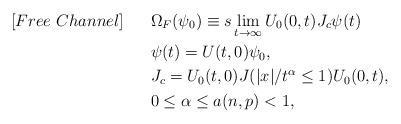
LaTeX: \begin{align*}[Free~ Channel]~~\quad&\Omega_F(\psi_0)\equiv s\lim_{ t\to \infty} U_0(0,t)J_c\psi(t)\\&\psi(t)=U(t,0)\psi_0, \\&J_c= U_0(t,0)J(|x|/t^{\alpha} \leq 1)U_0(0,t),\\&0\leq \alpha\leq a(n,p)<1,\end{align*}